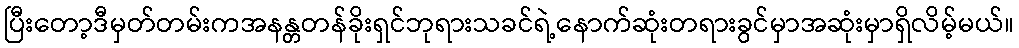
ပြီးတော့ဒီမှတ်တမ်းကအနန္တတန်ခိုးရှင်ဘုရားသခင်ရဲ့နောက်ဆုံးတရားခွင်မှာအဆုံးမှာရှိလိမ့်မယ်။